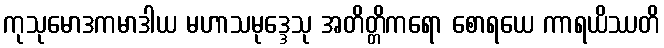
ကုသုမောဒကမာဒါယ မဟာသမုဒ္ဒေသု အတိတ္တိကရော စောရယေ ကာရယိဿတိ